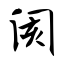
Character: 阂